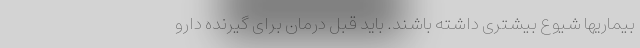
بیماریها شیوع بیشتری داشته باشند. باید قبل درمان برای گیرنده دارو